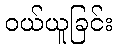
ဝယ်ယူခြင်း